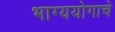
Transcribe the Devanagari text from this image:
भाग्ययोगाचे